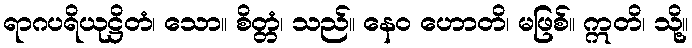
ရာဂပရိယုဋ္ဌိတံ၊ သော။ စိတ္တံ၊ သည်။ နေဝ ဟောတိ၊ မဖြစ်။ ဣတိ၊ သို့။